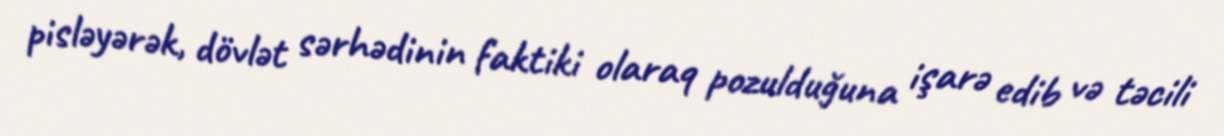
pisləyərək, dövlət sərhədinin faktiki olaraq pozulduğuna işarə edib və təcili